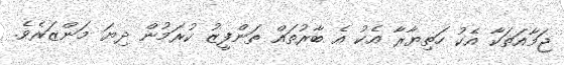
ޖަމާއަތަކާ އެކު ހަތިޔާރާ އެކު އެ ބާރުތައް ތަންފީޒު ކުރަމުން ދިޔަ މަންޒަރެވެ.